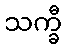
သက္ခီ